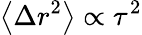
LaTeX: \left\langle{\Delta r^{2}}\right\rangle\propto\tau^{2}